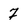
Character: 7